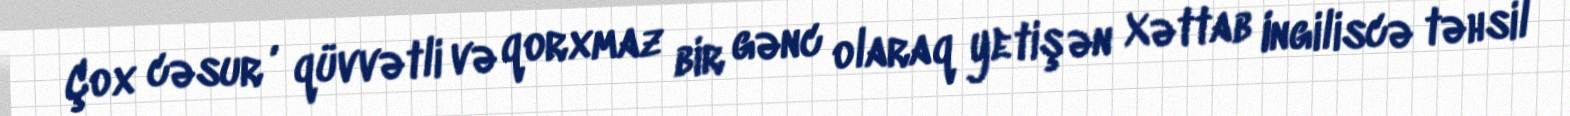
Çox cəsur , qüvvətli və qorxmaz bir gənc olaraq yetişən Xəttab Ingiliscə təhsil